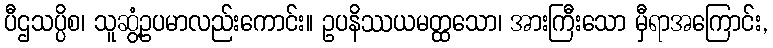
ပီဌသပ္ပိစ၊ သူဆွံ့ဥပမာလည်းကောင်း။ ဥပနိဿယမတ္ထသော၊ အားကြီးသော မှီရာအကြောင်း,